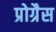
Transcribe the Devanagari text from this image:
प्रोग्रैस